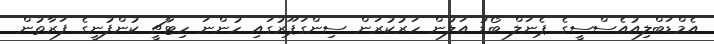
އެމްޑަބްލިއުއެސްސީގެ ޕެނަލް ބޯޑު އަލުން ހަރުކުރަން ސިންގަޕޫރުގައި ހުންނަ ހިޓާޗީ ކުންފުނީގެ ފަރާތުން